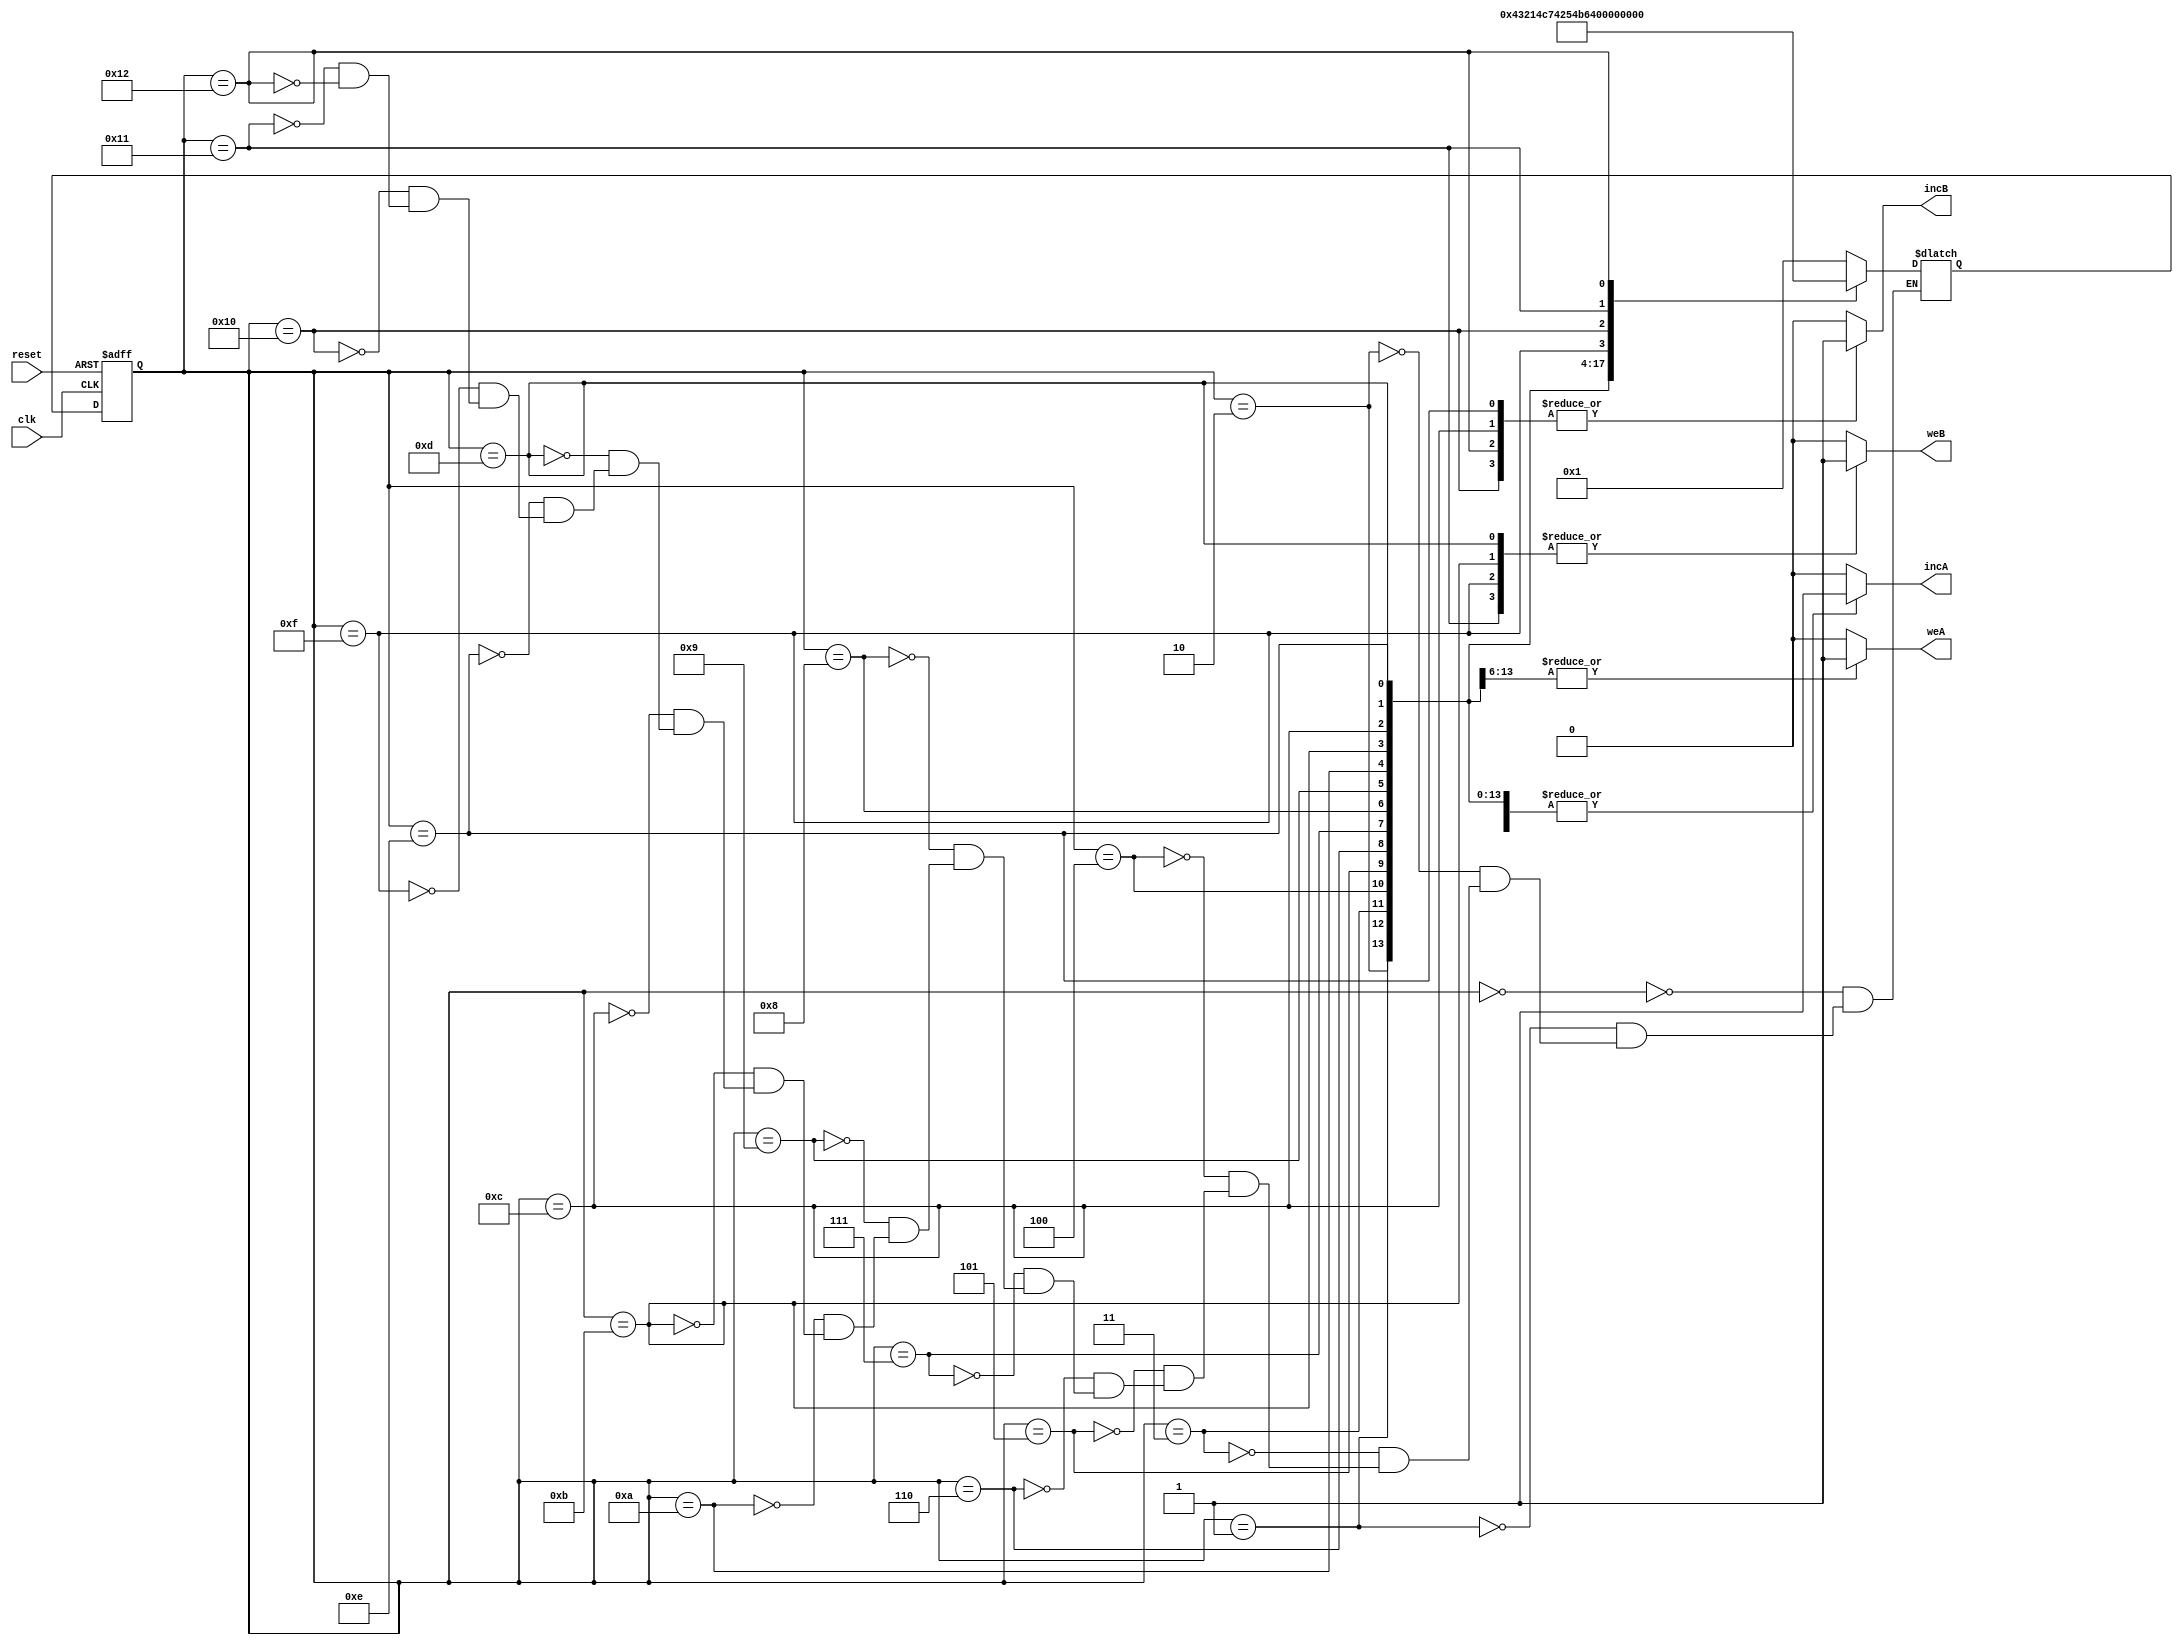
`timescale 1ns / 1ps
//////////////////////////////////////////////////////////////////////////////////
// Company: 
// Engineer: 
// 
// Design Name: 
// Module Name: controlunit
// Project Name: 
// Target Devices: 
// Tool Versions: 
// Description: 
// 
// Dependencies: 
// 
// Revision:
// Revision 0.01 - File Created
// Additional Comments:
// 
//////////////////////////////////////////////////////////////////////////////////


module controlunit(incA, incB, weA, weB, reset, clk);
input reset, clk;
output reg incA, incB, weA, weB;
reg [4:0] cs;
reg [4:0] ns;

//Handle Resets
always @ (posedge clk, posedge reset)
    begin
       if (reset == 1'b1)
            begin
                cs <= 5'b00000;
            end 
        else
            begin
                cs <= ns;
            end    
    end

//Output Stuff
always @ (cs)
    begin
        case (cs)
            5'b00000: begin //State 0
                weA = 0;
                weB = 0;
                incA = 0;
                incB = 0;
                ns = 1;
            end
            
            5'b00001: begin //State 1
                weA = 1;
                weB = 0;
                incA = 1;
                incB = 0;
                ns = 2;
            end
            
            5'b00010: begin //State 2
                weA = 1;
                weB = 0;
                incA = 1;
                incB = 0;
                ns = 3;
            end
            
            5'b00011: begin //State 3
                weA = 1;
                weB = 0;
                incA = 1;
                incB = 0;
                ns = 4;
            end  
            
            5'b00100: begin //State 4
                weA = 1;
                weB = 0;
                incA = 1;
                incB = 0;
                ns = 5;
            end  
            
            5'b00101: begin //State 5
                weA = 1;
                weB = 0;
                incA = 1;
                incB = 0;
                ns = 6;
            end         
            
            5'b00110: begin //State 6
                weA = 1;
                weB = 0;
                incA = 1;
                incB = 0;
                ns = 7;
            end   

            5'b00111: begin //State 7
                weA = 1;
                weB = 0;
                incA = 1;
                incB = 0;
                ns = 8;
            end     
   
            5'b01000: begin //State 8
                weA = 1;
                weB = 0;
                incA = 1;
                incB = 0;
                ns = 9;
            end    
            
            5'b01001: begin //State 9
                weA = 0;
                weB = 0;
                incA = 1;
                incB = 0;
                ns = 10;
            end
            
            5'b01010: begin //State 10
                weA = 0;
                weB = 0;
                incA = 1;
                incB = 0;
                ns = 11;
            end
            
            5'b01011: begin //State 11
                weA = 0;
                weB = 1;
                incA = 1;
                incB = 0;
                ns = 12;
            end
            
            5'b01100: begin //State 12
                weA = 0;
                weB = 0;
                incA = 1;
                incB = 1; 
                ns = 13; 
            end
            
            5'b01101: begin //State 13
                weA = 0;
                weB = 1;
                incA = 1;
                incB = 0;
                ns = 14;
            end
            
            5'b01110: begin //State 14
                weA = 0;
                weB = 0;
                incA = 1;
                incB = 1;
                ns = 15;
            end
            
            5'b01111: begin //State 15
                weA = 0;
                weB = 1;
                incA = 1;
                incB = 0;
                ns = 16;
            end
            
            5'b10000: begin //State 16
                weA = 0;
                weB = 0;
                incA = 1;
                incB = 1;
                ns = 17;
            end
            
            5'b10001: begin //State 17
                weA = 0;
                weB = 1;
                incA = 0;
                incB = 0;
                ns = 18;
            end
            
            5'b10010: begin //State 18
                weA = 0;
                weB = 0;
                incA = 0;
                incB = 1;
                ns = 0;
            end
            
            default: begin
                weA = 0;
                weB = 0;
                incA = 0;
                incB = 0;
            end
                                                                                                            
            endcase
    end    
endmodule